Annual report on the Civil Veterinary Department, Burma (including the Insein Veterinary School) - 1910-1922
Year: 1910
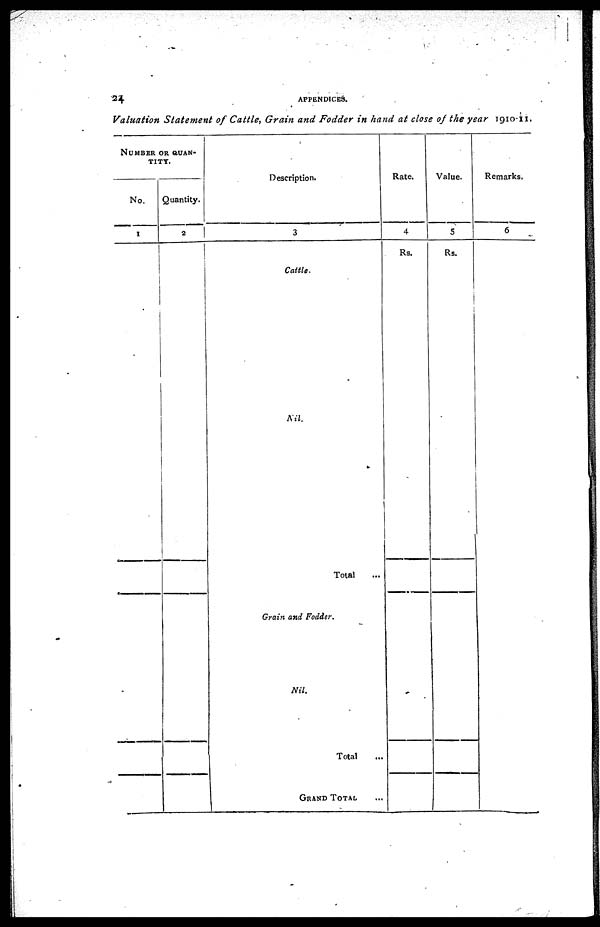
24
APPENDICES.
Valuation Statement of Cattle, Grain and Fodder in hand at close of the year 1910-11.
NUMBER OR QUAN-
TITY.
No.
1
Quantity.
2
Description.
3
Cattle.
Nil.
Total ...
Grain and Fodder.
Nil.
Total ...
GRAND TOTAL ...
Rate.
4
Rs.
Value.
5
Rs.
Remarks.
6